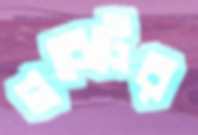
গবেটের